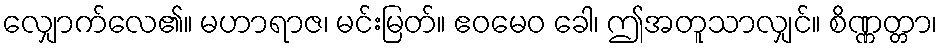
လျှောက်လေ၏။ မဟာရာဇ၊ မင်းမြတ်။ ဧဝမေဝ ခေါ၊ ဤအတူသာလျှင်။ စိဏ္ဏတ္တာ၊